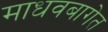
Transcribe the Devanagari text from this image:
माधवबागेत